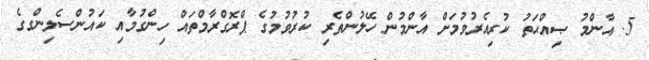
5. އާންމު ޞިއްޙަތު ކުރިއެރުވުމަށް އާންމުން ހޭލުންތެރި ކުރުވުމުގެ ޕްރޮގްރާމްތައް ހިންގުމާއި ކައުންސެލިންގގެ